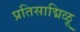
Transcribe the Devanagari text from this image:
प्रतिसाद्मिळू